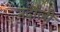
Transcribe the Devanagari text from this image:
नदौली